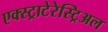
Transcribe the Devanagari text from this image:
एक्स्ट्राटेरेस्ट्रिअल